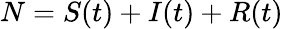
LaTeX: N=S(t)+I(t)+R(t)